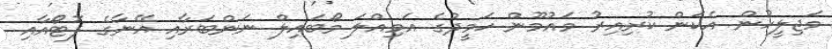
މަޖިލީހުން އެކަން ކުރިއިރު މައުމޫން ހަމީދުގެ އަމިއްލަ މޯބައިލް ނަންބަރާއި އޭނާގެ ފޮޓޯއާއި